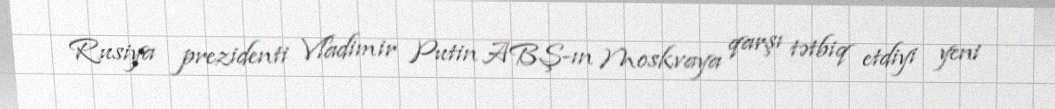
Rusiya prezidenti Vladimir Putin ABŞ-ın Moskvaya qarşı tətbiq etdiyi yeni